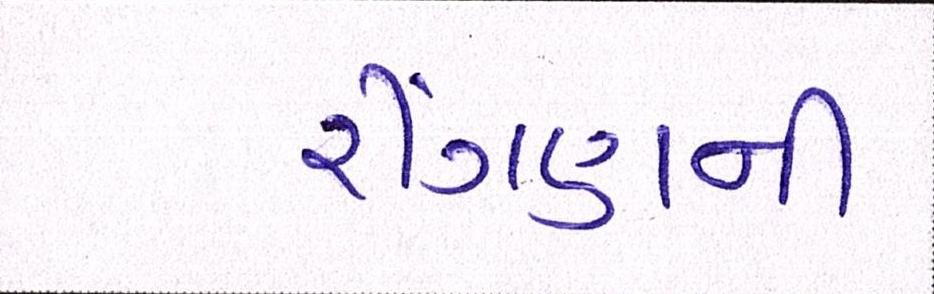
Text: રીંગણની